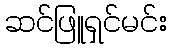
ဆင်ဖြူရှင်မင်း